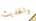
والحديث